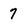
Character: 7